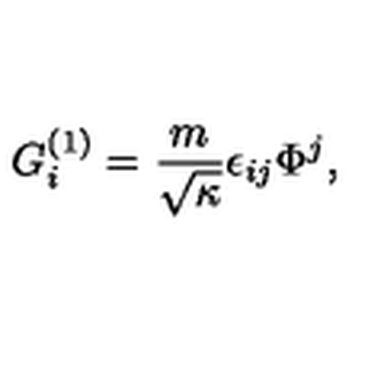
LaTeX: G _ { i } ^ { ( 1 ) } = \frac { m } { \sqrt { \kappa } } \epsilon _ { i j } \Phi ^ { j } ,